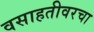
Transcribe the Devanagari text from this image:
वसाहतीवरचा